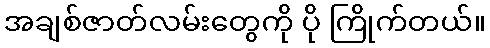
အချစ်ဇာတ်လမ်းတွေကို ပို ကြိုက်တယ်။